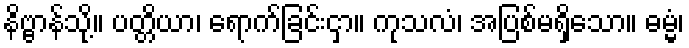
နိဗ္ဗာန်သို့။ ပတ္တိယာ၊ ရောက်ခြင်းငှာ။ ကုသလံ၊ အပြစ်မရှိသော။ ဓမ္မံ၊